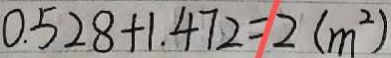
0 . 5 2 8 + 1 . 4 7 2 = 2 ( m ^ { 2 } )